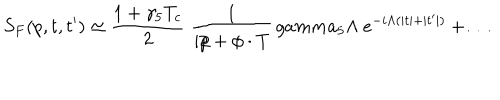
S _ { F } ( p , t , t ^ { \prime } ) \simeq { \frac { 1 + \gamma _ { 5 } T _ { c } } { 2 } } \ { \frac { 1 } { i p \! \! \! / + \phi \cdot T } } \, g a m m a _ { 5 } \Lambda \ e ^ { - i \Lambda ( \vert t \vert + \vert t ^ { \prime } \vert ) } + \dots